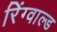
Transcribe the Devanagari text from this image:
रिंग्वाल्ड